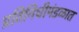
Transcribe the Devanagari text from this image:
प्रतिनिधीमंडळात